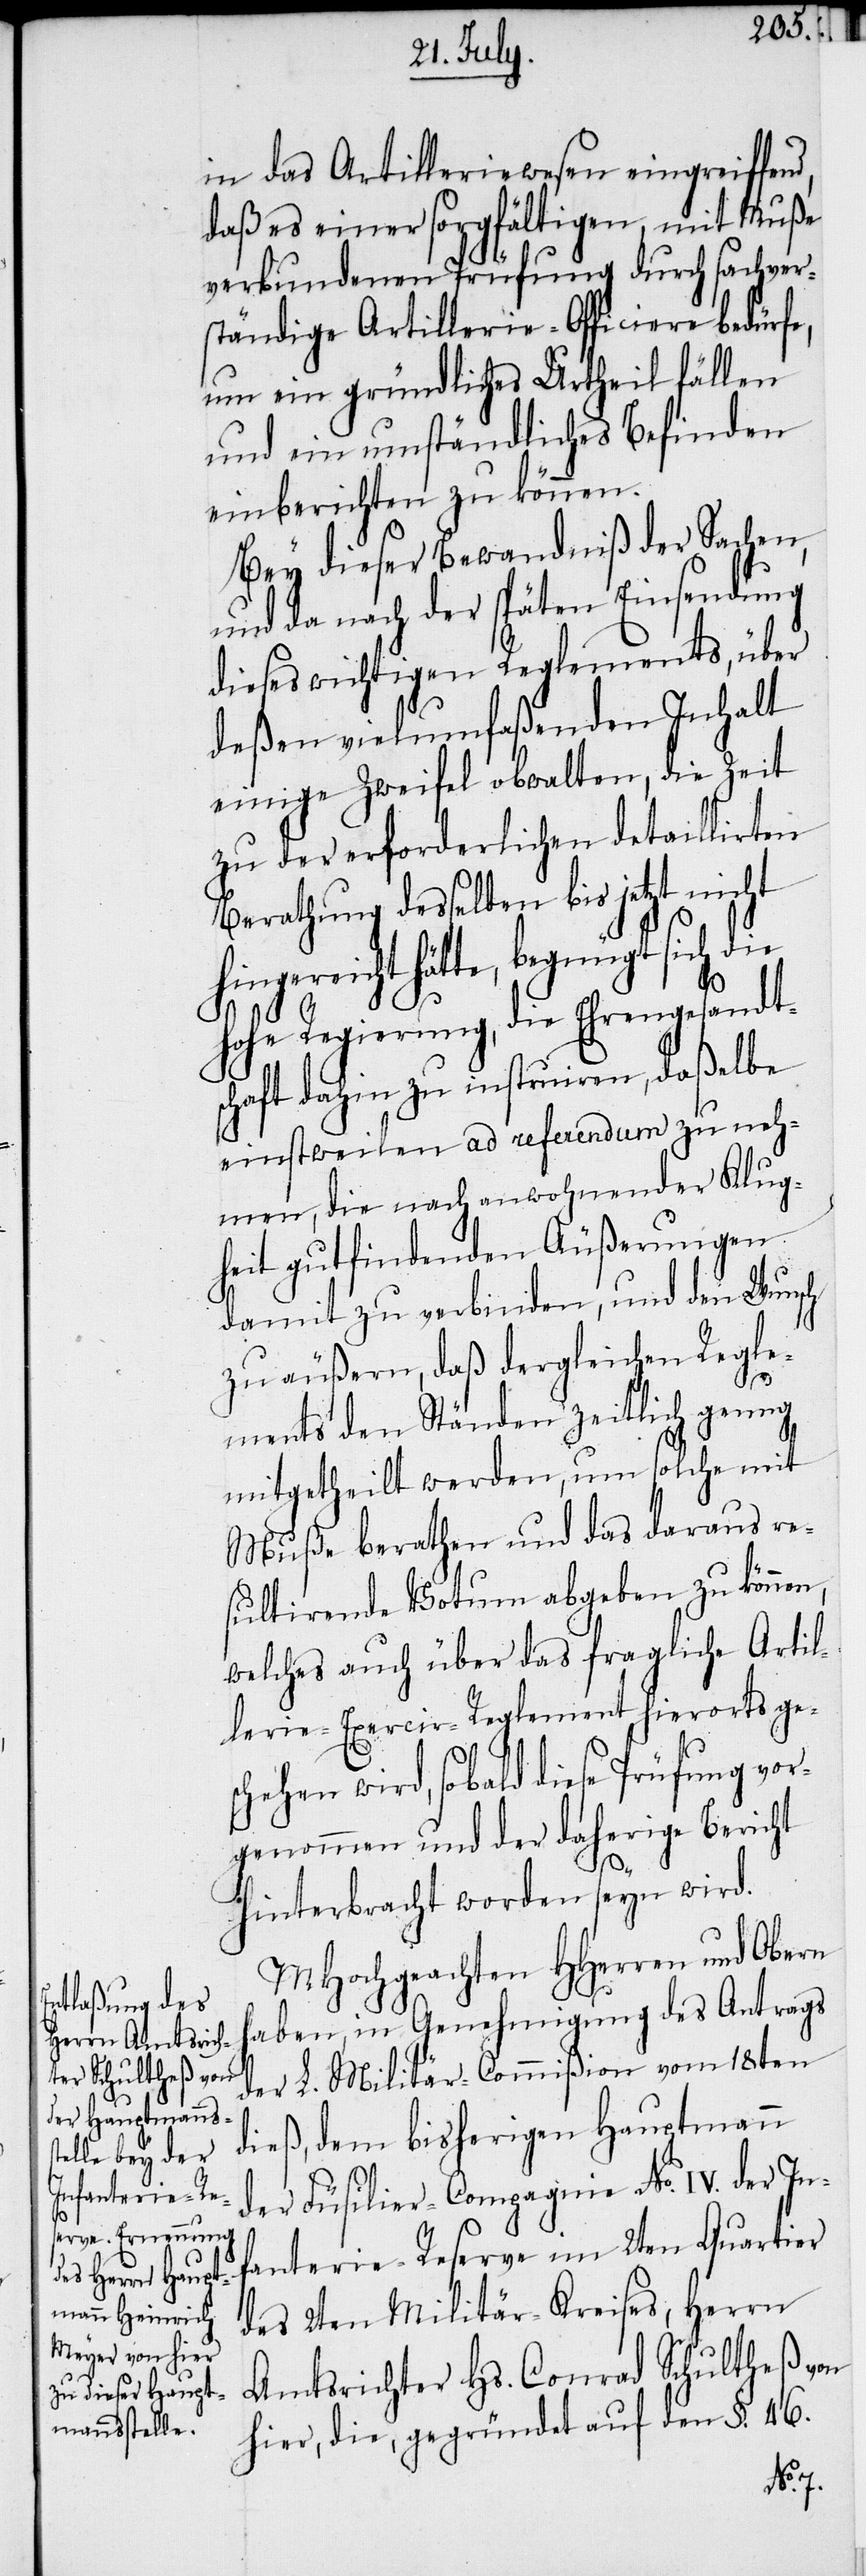
d,

in das Artilleriewesen eingreiffen¬
daß es einer sorgfältigen, mit Muße
verbundenen Prüfung durch sachver¬
ständige Artillerie-Officiere bedürfe,
um ein gründliches Urtheil fällen
und ein umständliches Befinden
einberichten zu können.
Bey dieser Bewandniß der Sachen,
und da nach der späten Einsendung
dieses wichtigen Reglements, über
deßen vielumfaßenden Inhalt
einige Zweifel obwalten, die Zeit
zu der erforderlichen detaillirten
Berathung desselben bis jetzt nicht
hingereicht hätte, begnügt sich die
hohe Regierung, die Ehrengesandt¬
schaft dahin zu instruiren, daßelbe
einstweilen ad referendum zu neh¬
men, die nach anwohnender Klug¬
heit gutfindenden Äußerungen
damit zu verbinden, und den Wunsch
zu äußern, daß dergleichen Regle¬
ments den Ständen zeitlich genug
mitgetheilt werden, um solche mit
Muße berathen und das daraus re¬
sultirende Votum abgeben zu können,
welches auch über das fragliche Artil¬
lerie-Exercir-Reglement hierorts ge¬
schehen wird, sobald diese Prüfung vor¬
genommen und der daherige Bericht
hinterbracht worden seyn wird.
MHochgeachten HHerren und Obern
haben, in Genehmigung des Antrags
der L. Militär-Commißion vom 18ten
dieß, dem bisherigen Hauptmann
der Füsilier-Compagnie No. IV. der In¬
fanterie-Reserve im 2ten Quartier
des 2ten Militär-Kreises, Herrn
Amtsrichter Hs. Conrad Schultheß von
hier, die, gegründet auf den §. 46.